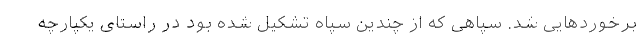
برخوردهایی شد. سپاهی که از چندین سپاه تشکیل شده بود در راستای یکپارچه